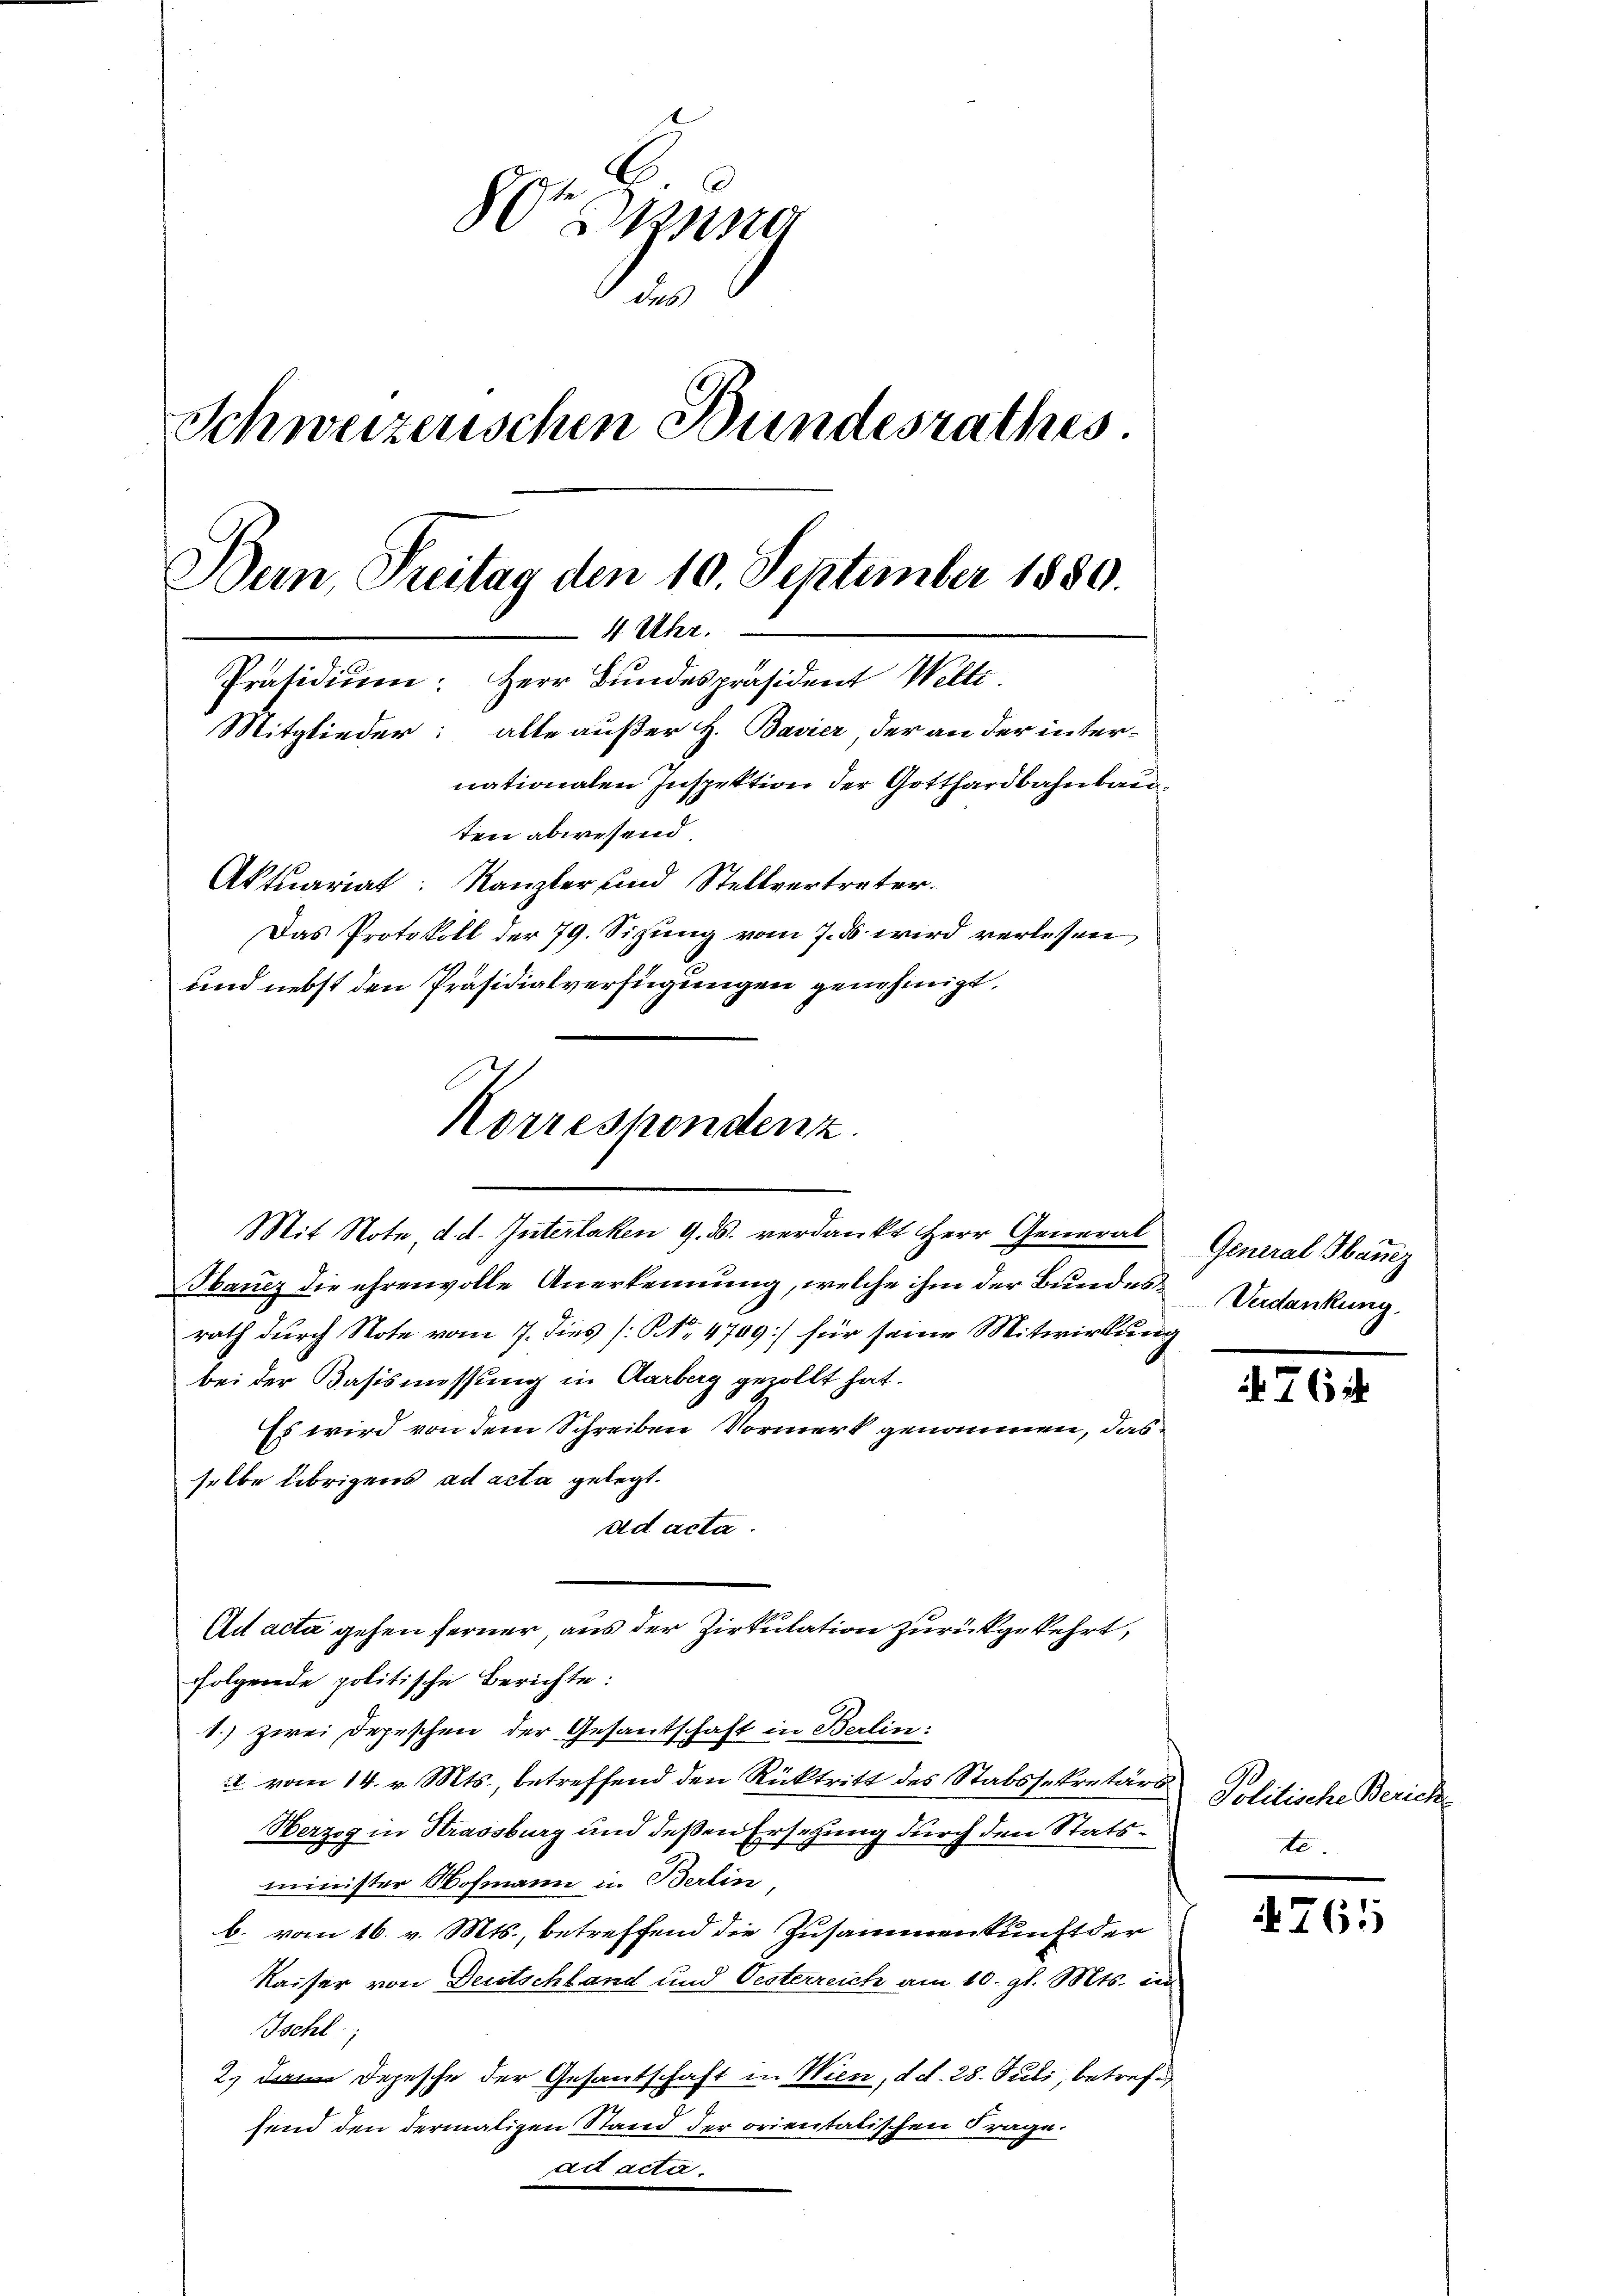
Sr Manne
und
Schweizerischen Bundesrathes.
Bern, Freitag den 10. September 1880.
4 Uhr.
Präsidium: Herr Bundespräsident Welti
Mitglieder: alte außer H. Bavier, der an der inter-
nationalen Inspektion der Gotthardbahnbauten abwesend.
Aktuariat: Kanzler und Stellvertreter.
Das Protokoll der 79. Sizung vom 7. ds wird verlesen
und nebst den Präsidialverfügungen genehmigt.

Korrespondenz
Mit Note, d. d. Interlaken 9. ds. verdankt Herr General

Hanez die ehrenvolle Anerkennung, welche ihm der Bundes Verdankung.
rath durch Note vom 7. dies [NNo. 4709] für seine Mitwirkung
bei der Basismessung in Aarberg gezollt hat.
Es wird von dem Schreiben Vormerk genommen, das
selbe übrigens ad acta gelegt.
ad acta.
folgende politische Berichte:
1.) zwei Depeschen der Gesantschaft in Berlin:
. vom 14. v. Mts., betreffend den Rücktritt des Stabssekretärs
Herzog in Strassburg und deßen Ersetzung durch den Statsminister Nohmann in Berlin,
b. vom 16. v. Mts., betreffend die Zusammenkunft der
Kaiser von Deutschland und Oesterreich am 10. gl. Mts. in
Ischl
2. Depesche der Gesantschaft in Wien, d. d. 28. Juli, betreffen
send den dermaligen Stand der orientatischen Frage.
ad acta.

Ad acta gehen ferner, aus der Zirkulation zurückgekehrt,

General Ganz

476

Politische Zürich
te.

4765